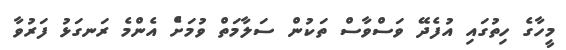
މީހާގެ ހިތުގައި އުފެދޭ ވަސްވާސް ތަކުން ސަލާމަތް ވުމަށްެ އެންމެ ރަނގަޅު ފަރުވާ